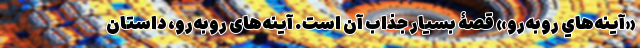
«آينه‌هاي روبه‌رو» قصۀ بسيار جذاب آن است. آينه‌های روبه‌رو، داستان